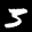
Label: 3